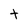
Character: t